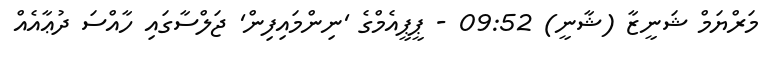
މަރްޔަމް ޝަނީޒާ (ޝާނީ) 09:52 - ޕީޕީއެމްގެ 'ނިންމައިފިން' ޖަލްސާގައި ހާއްސަ ދުޢާއެއް